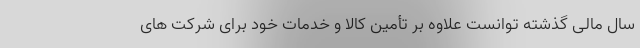
سال مالی گذشته توانست علاوه بر تأمین کالا و خدمات خود برای شرکت های